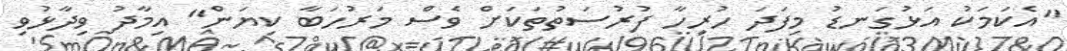
"އެކަމަކު އަޅުގަނޑު މިފަދަ ހުރިހާ ފުރުސަތުތަކަށް ވެސް މަރުހަބާ ކިޔަން" އިމާދު ވިދާޅުވި